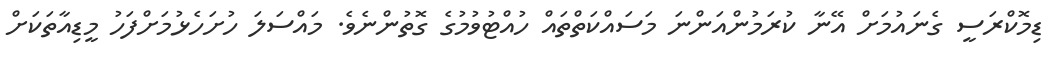
ޑިމޮކްރަސީ ގެނައުމަށް އޭނާ ކުރަމުންއަންނަ މަސައްކަތްތައް ހުއްޓުވުމުގެ ގޮތުންނެވެ. މައްސަލަ ހުށަހެޅުމަށްފަހު މީޑިއާތަކަށް